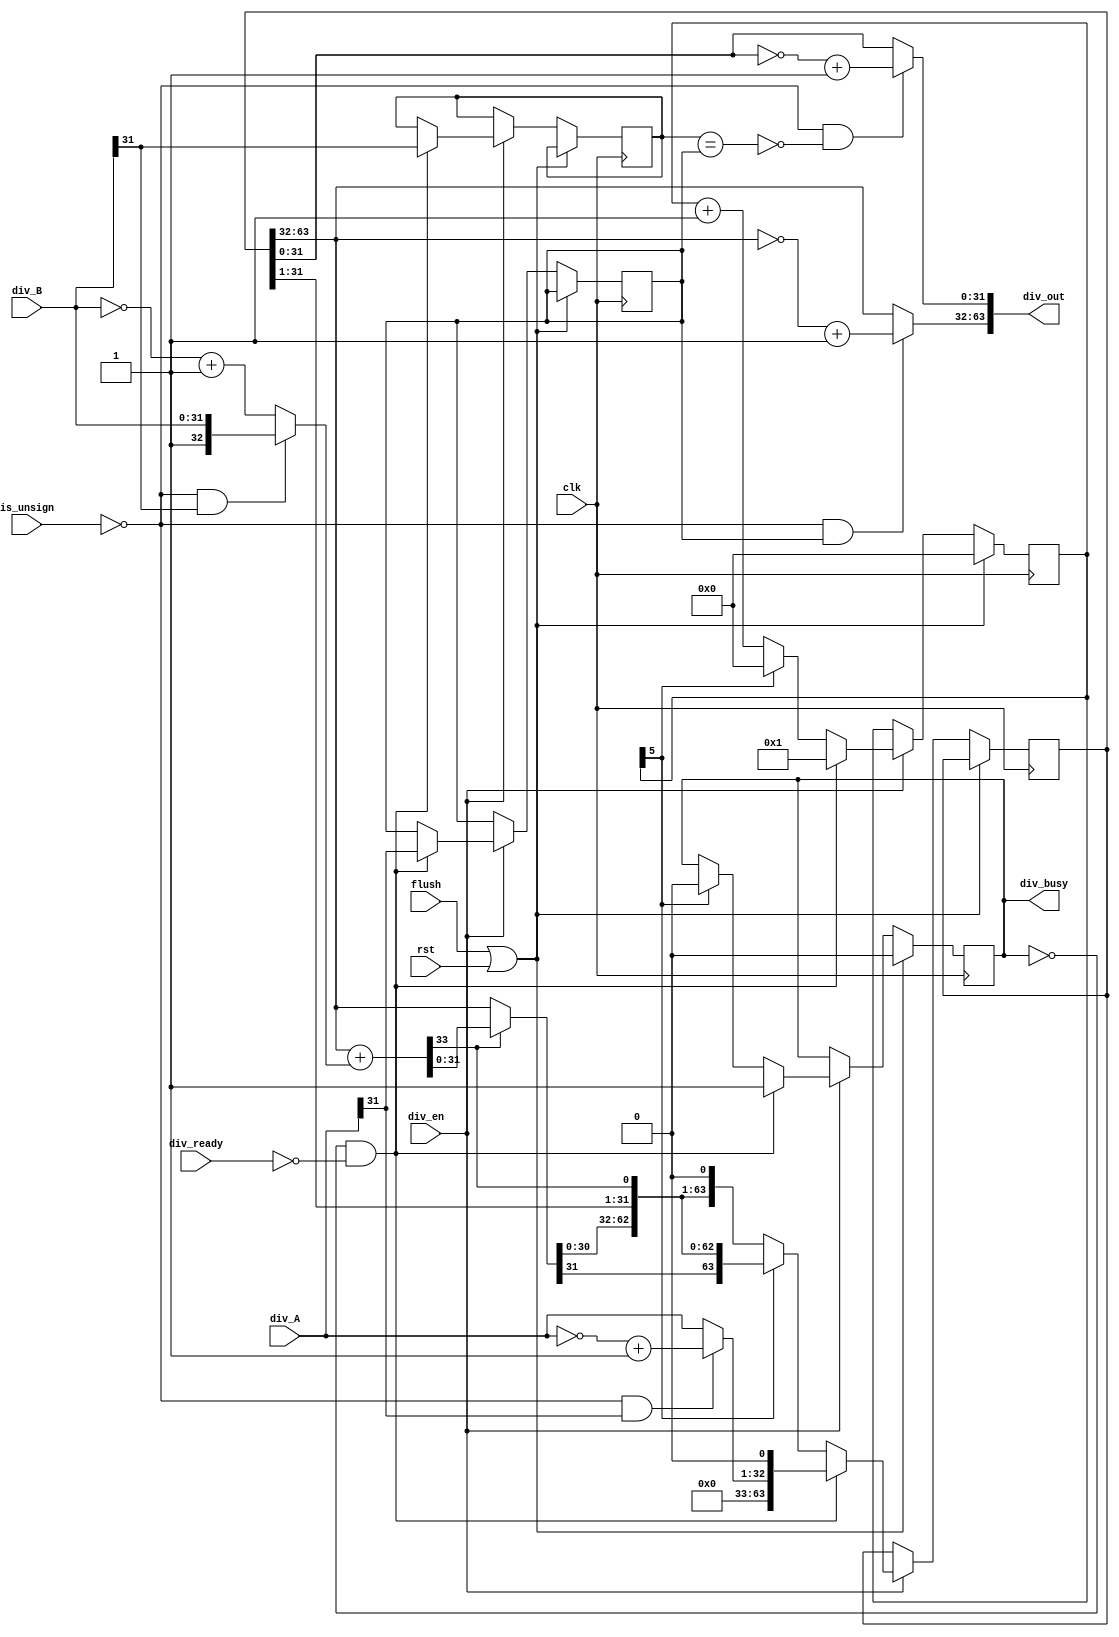
module divider(
    input clk, rst,  div_ready,
    input flush, div_en,
    input [31:0] div_A, div_B,
    input is_unsign,
    output div_busy,
    output [63:0] div_out
);
    //debug
    // wire [31:0] debug_A,debug_B;
    // wire [31:0] debug_quo,debug_rem;
    // assign debug_A = div_A ;
    // assign debug_B = div_B ;
    // assign debug_quo = debug_A/debug_B;
    // assign debug_rem = debug_A%debug_B;
    //
    wire [31:0] a,b ;
    assign a = div_A ;
    assign b = div_B ;
    reg    a_save , b_save ;
    
    reg [63:0] SR ;
    wire [31:0] SR_rem , SR_quo ;
    assign SR_rem = SR[63:32] ; 
    assign SR_quo = SR[31:0]  ;
    wire [31:0] a_abs ;
    wire [32:0] sub_ient ;
    assign a_abs    = ( ~is_unsign & a[31]) ? ( ~a + 1 ) : a ;
    assign sub_ient = ( ~is_unsign & b[31]) ? {1'b1,b} : ~{1'b0,b}+1 ;  // signed ext
   
    // sign 1' data 32'
    wire prs ;   
    wire [32:0] sub_res  ;
    assign {prs,sub_res} =  {1'b0,SR_rem} + sub_ient ;  // mimic
    wire [32:0] rem_next ;                  
    assign rem_next = prs ? sub_res : {1'b0 , SR_rem } ;    
    //32
    reg [5:0] cnt;
    reg is_start ;
    always @(posedge clk ) begin
        if(flush | rst)begin
            cnt <= 0;
            is_start <= 0;
        end
        else if(div_en)begin
            if(~is_start&~div_ready)begin
                is_start <= 1 ;
                cnt      <= 1 ;
                a_save   <= a[31] ;
                b_save   <= b[31] ;
                SR       <= {31'b0, a_abs , 1'b0} ;
            end
            else begin
                if(cnt[5]==1'b1)begin 
                    cnt <= 0 ;
                    is_start <= 0;
                    // not shift
                    SR <= {  rem_next[31:0],SR[31:1], prs  } ;
                end
                else begin
                    cnt <= cnt +1  ;
                    // { (rem  quo)<< 1 , prs }
                    SR  <= { rem_next[30:0],SR[31:1], prs , 1'b0 } ;
                end
            end 
        end     
    end             
                /*
               { (rem  quo)<< 1 , prs }
               prs =  {rem + sign(divisor)} > 0 ?
           
                */
    assign div_busy = is_start ;

    wire [31:0] rem_res , quo_res ;
    assign rem_res = ( ~is_unsign & a_save) ? (~SR[63:32] + 1) : SR[63:32] ;
    assign quo_res = ( ~is_unsign & ~(b_save==a_save ) ) ? (~SR[31:0] + 1) : SR[31:0] ;
    assign div_out = {rem_res , quo_res} ; 

endmodule